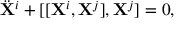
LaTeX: \ddot { \bf X } ^ { i } + [ [ { \bf X } ^ { i } , { \bf X } ^ { j } ] , { \bf X } ^ { j } ] = 0 ,